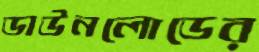
ডাউনলোডের